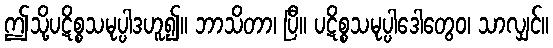
ဤသို့ပဋိစ္စသမုပ္ပါဒဟူ၍။ ဘာသိတာ၊ ပြီ။ ပဋိစ္စသမုပ္ပါဒေါတွေဝ၊ သာလျှင်။